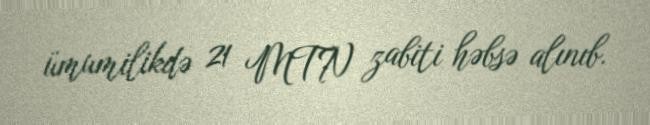
ümumilikdə 21 MTN zabiti həbsə alınıb.